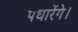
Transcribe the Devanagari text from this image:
पधारेंगे।